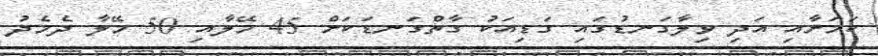
ކަމަށާއި އަދި ވިލާގަނޑުގައި ގަޑިއަކު ގާތްގަނޑަކަށް 45 މޭލާއި 50 މޭލާ ދެމެދު